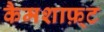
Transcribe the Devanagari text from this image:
कैमशाफ़्ट